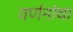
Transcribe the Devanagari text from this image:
वर्णनांचा